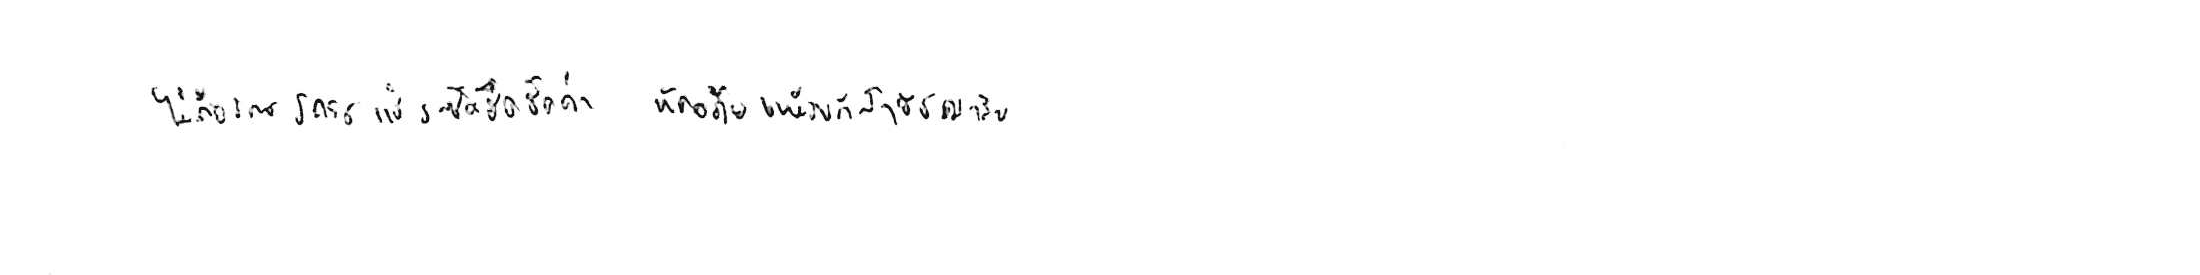
ไม่ถือโทษโกรธแช่งซัดฮึดฮัดด่า หัดอภัยเหมือนกีฬาอัชฌาสัย